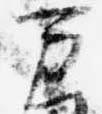
万